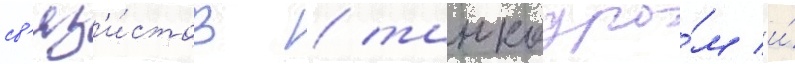
св'яз'и́стов / танкодро́м и́